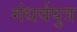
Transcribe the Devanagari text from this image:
गंधर्वपुत्र